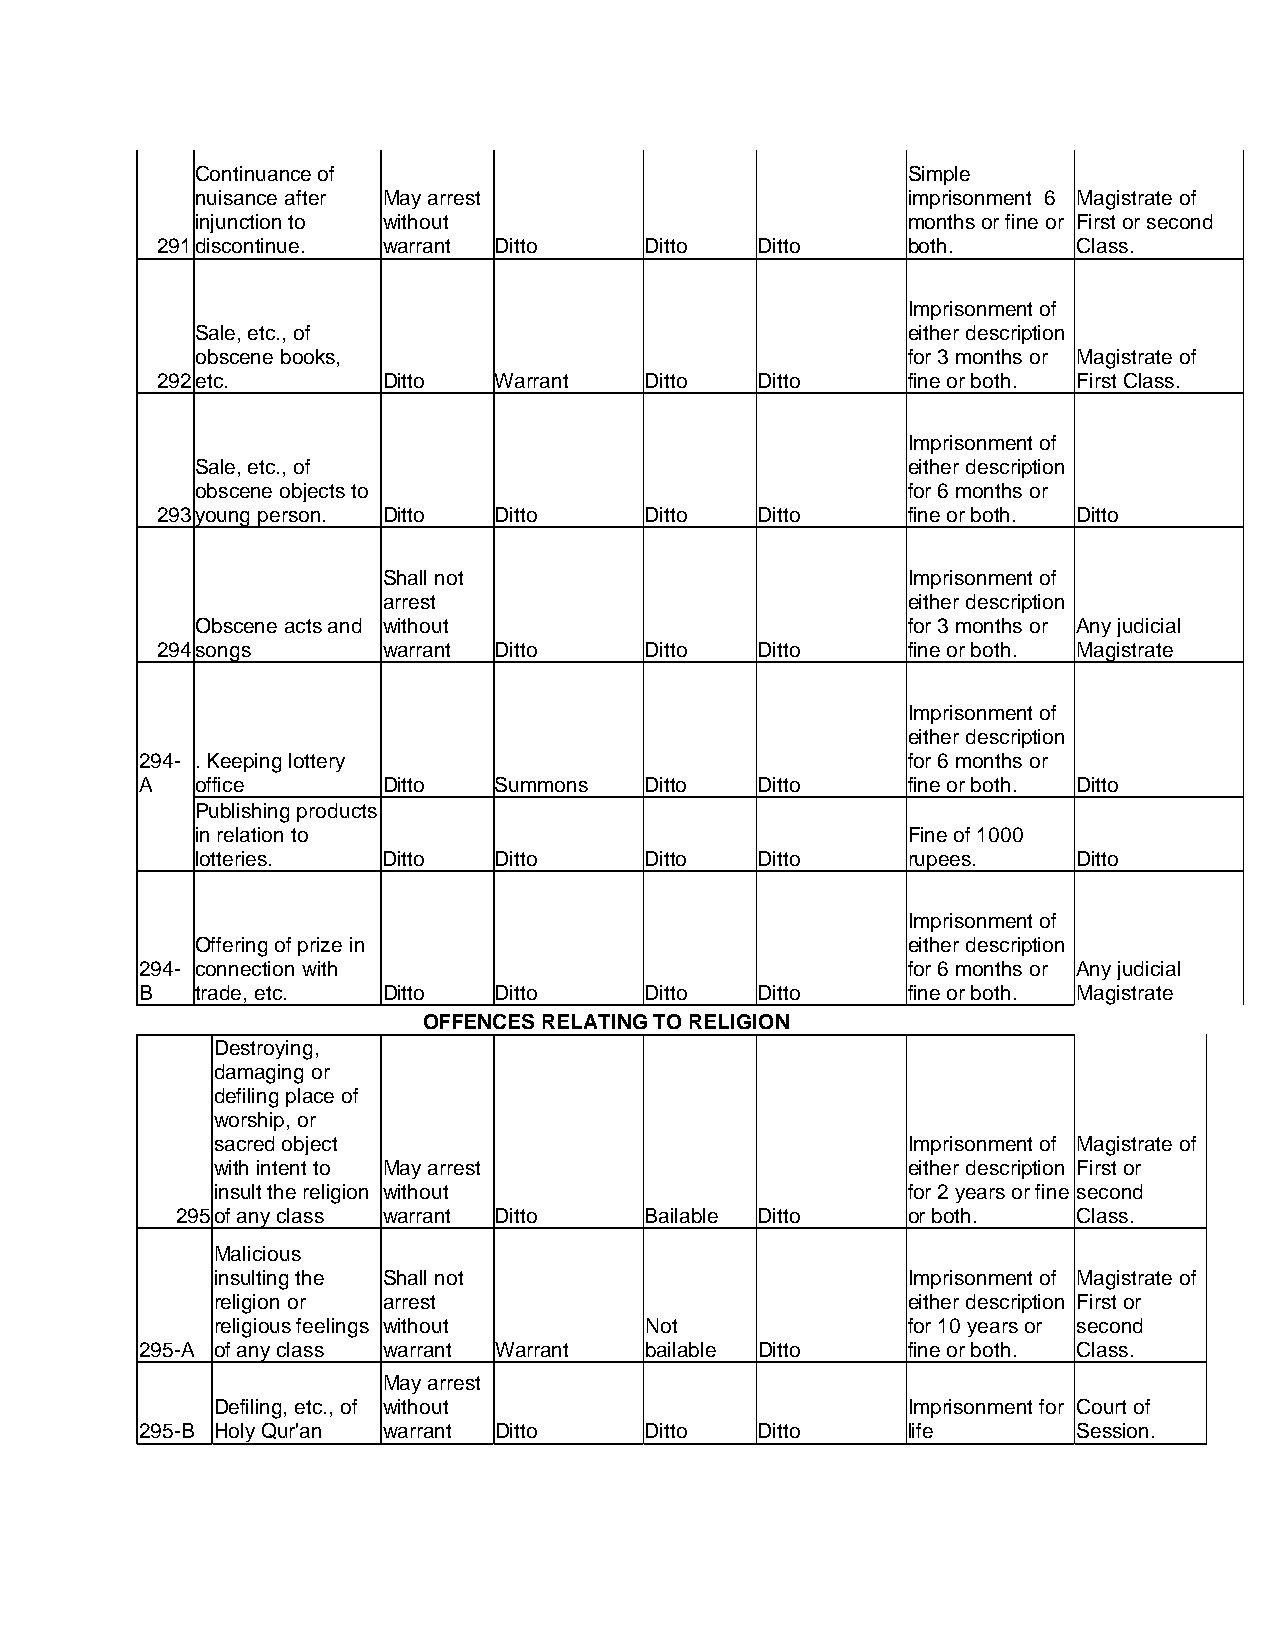
Continuance of                                 Simple
 nuisance after May arrest                      imprisonment 6 Magistrate of
 injunction to without                          months or fine or First or second
 291 discontinue. warrant Ditto   Ditto  Ditto     both.      Class.
 Imprisonment of
 Sale, etc., of                                 either description
 obscene books,                                 for 3 months or Magistrate of
 292 etc.       Ditto   Warrant   Ditto  Ditto     fine or both. First Class.
 Imprisonment of
 Sale, etc., of                                 either description
 obscene objects to                             for 6 months or
 293 young person. Ditto Ditto    Ditto  Ditto     fine or both. Ditto
 Shall not                          Imprisonment of
 arrest                             either description
 Obscene acts and without                       for 3 months or Any judicial
 294 songs      warrant Ditto     Ditto  Ditto     fine or both. Magistrate
 Imprisonment of
 either description
 294- . Keeping lottery                             for 6 months or
 A   office      Ditto   Summons   Ditto  Ditto     fine or both. Ditto
 Publishing products
 in relation to                                 Fine of 1000
 lotteries.  Ditto   Ditto     Ditto  Ditto     rupees.    Ditto
 Imprisonment of
 Offering of prize in                           either description
 294- connection with                               for 6 months or Any judicial
 B   trade, etc. Ditto   Ditto     Ditto  Ditto     fine or both. Magistrate
 OFFENCES RELATING TO RELIGION
 Destroying,
 damaging or
 defiling place of
 worship, or
 sacred object                                 Imprisonment of Magistrate of
 with intent to May arrest                     either description First or
 insult the religion without                   for 2 years or fine second
 295 of any class warrant Ditto Bailable Ditto   or both.   Class.
 Malicious
 insulting the Shall not                       Imprisonment of Magistrate of
 religion or arrest                            either description First or
 religious feelings without   Not              for 10 years or second
 295-A of any class warrant Warrant bailable Ditto  fine or both. Class.
 May arrest
 Defiling, etc., of without                    Imprisonment for Court of
 295-B Holy Qur'an warrant Ditto   Ditto  Ditto     life       Session.